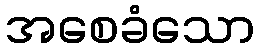
အစေခံသော